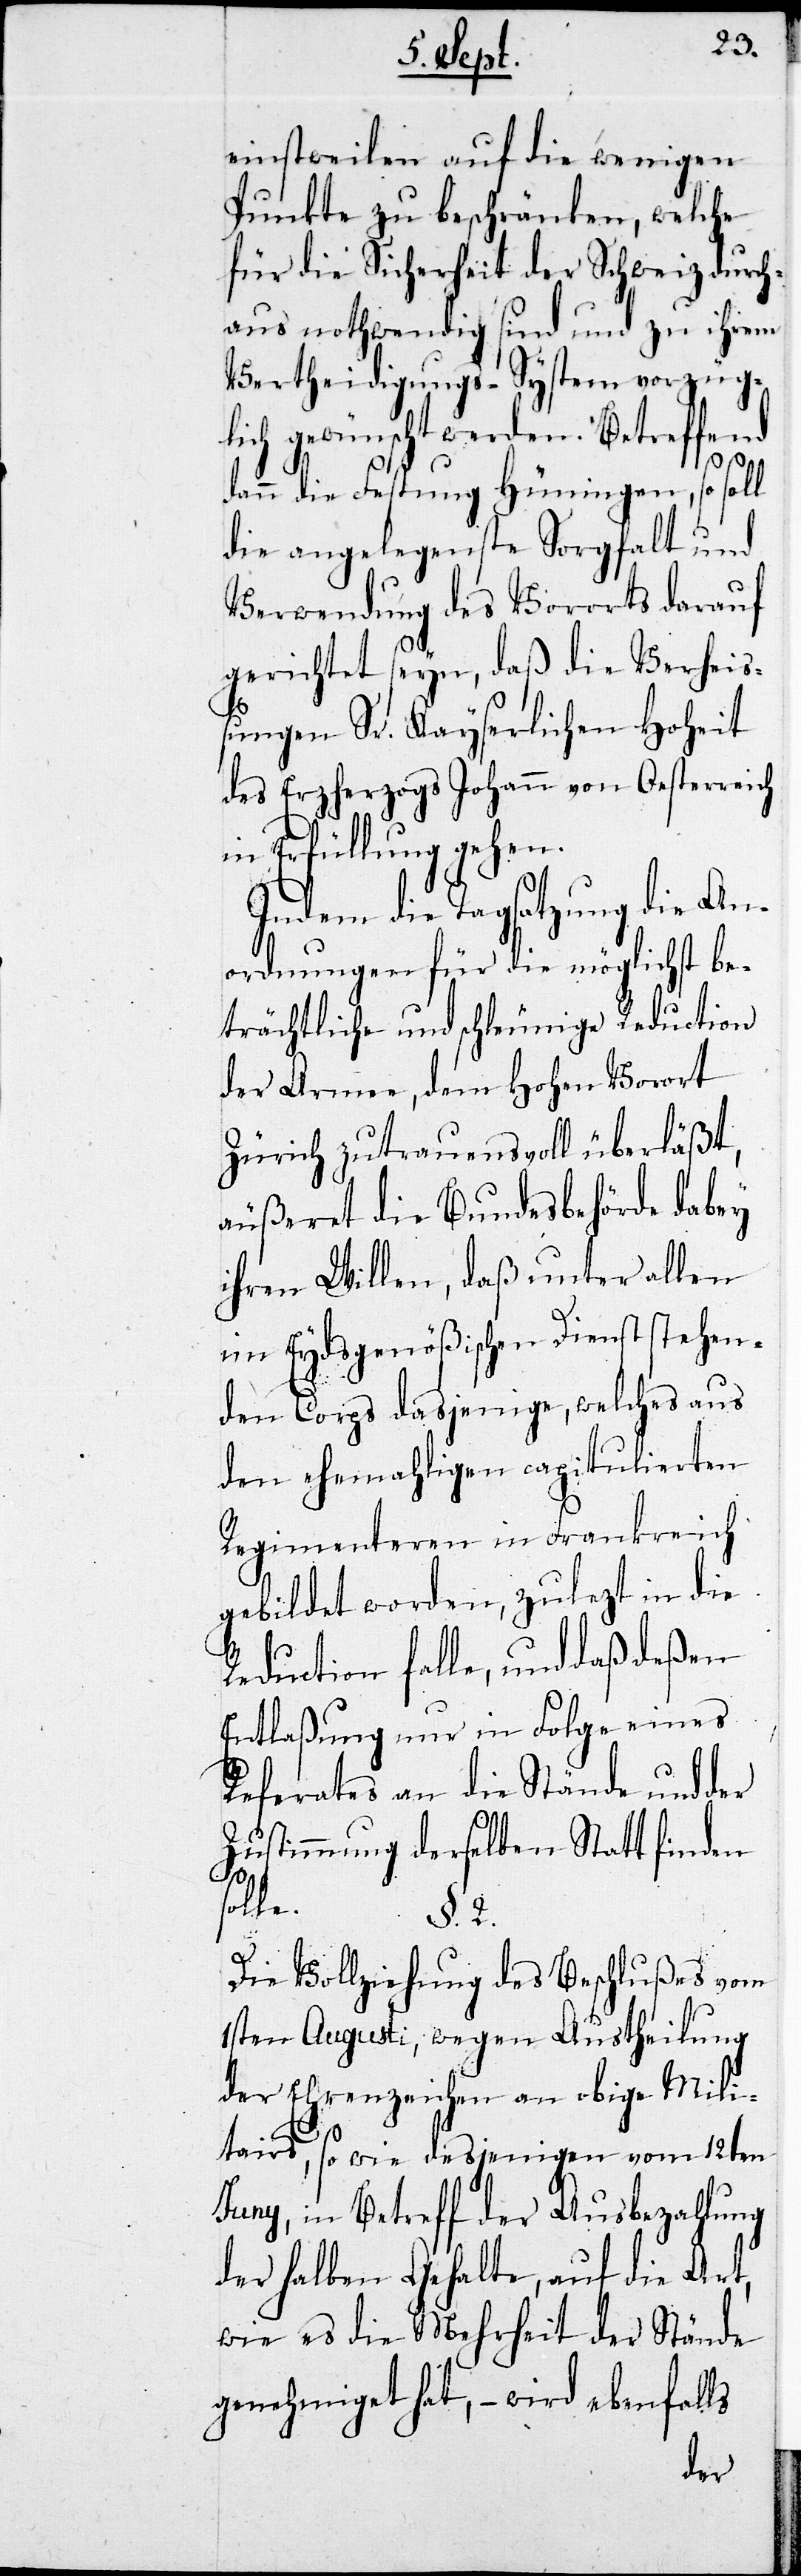
einstweilen auf die wenigen
Punkte zu beschränken, welche
für die Sicherheit der Schweiz durch¬
aus nothwendig sind und zu ihrem
Vertheidigungs-System vorzüg¬
lich gewünscht werden. Betreffend
dann die Festung Hüningen, so soll
die angelegenste Sorgfalt und
Verwendung des Vorrats darauf
gerichtet seyn, daß die Verheiß¬
ungen Sr. Kayserlichen Hoheit
des Erzherzogs Johann von Oesterreich
in Erfüllung gehen.
Indem die Tagsatzung die An¬
ordnungen für die möglichst be¬
trächtliche und schleunige Reduction
der Armee, dem Hohen Vorort
Zürich zutrauensvoll überläßt,
äußert die Bundesbehörde dabey
ihren Willen, daß unter allen
im Eydsgenößischen Dienst stehen¬
den Corps dasjenige, welches aus
den ehemaligen capitulierten
Regimenteren in Frankreich
gebildet worden, zuletzt in die
Reduction falle, und das deßen
Entlaßung nur in Folge eines
Referates an die Stände und der
Zustimmung derselben Statt finden
le.
§. 2.
Die Vollziehung des Beschlußes vom
1sten Augusti, wegen Austheilung
der Ehrenzeichen an obige Mili¬
tairs, so wie desjenigen vom 12ten
Juny, in Betreff der Ausbezahlung
der halben Gehalte, auf die Art,
wie es die Mehrheit der Stände
genehmiget hat, – wird ebenfalls